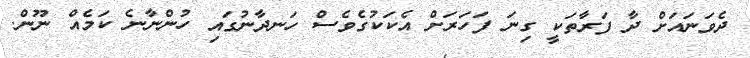
ދެވަނައަށް ދާ ފަރާތަކީ ގިނަ ފަހަރަށް އެކަކުގެވެސް ހަނދާނުގައި ހުންނާނެ ކަމެއް ނޫން.